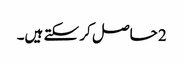
2 حاصل کر سکتے ہیں۔